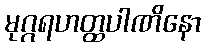
မုဂ္ဂရဟတ္ထပါဏိနော